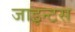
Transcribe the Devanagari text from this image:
जाइन्टस